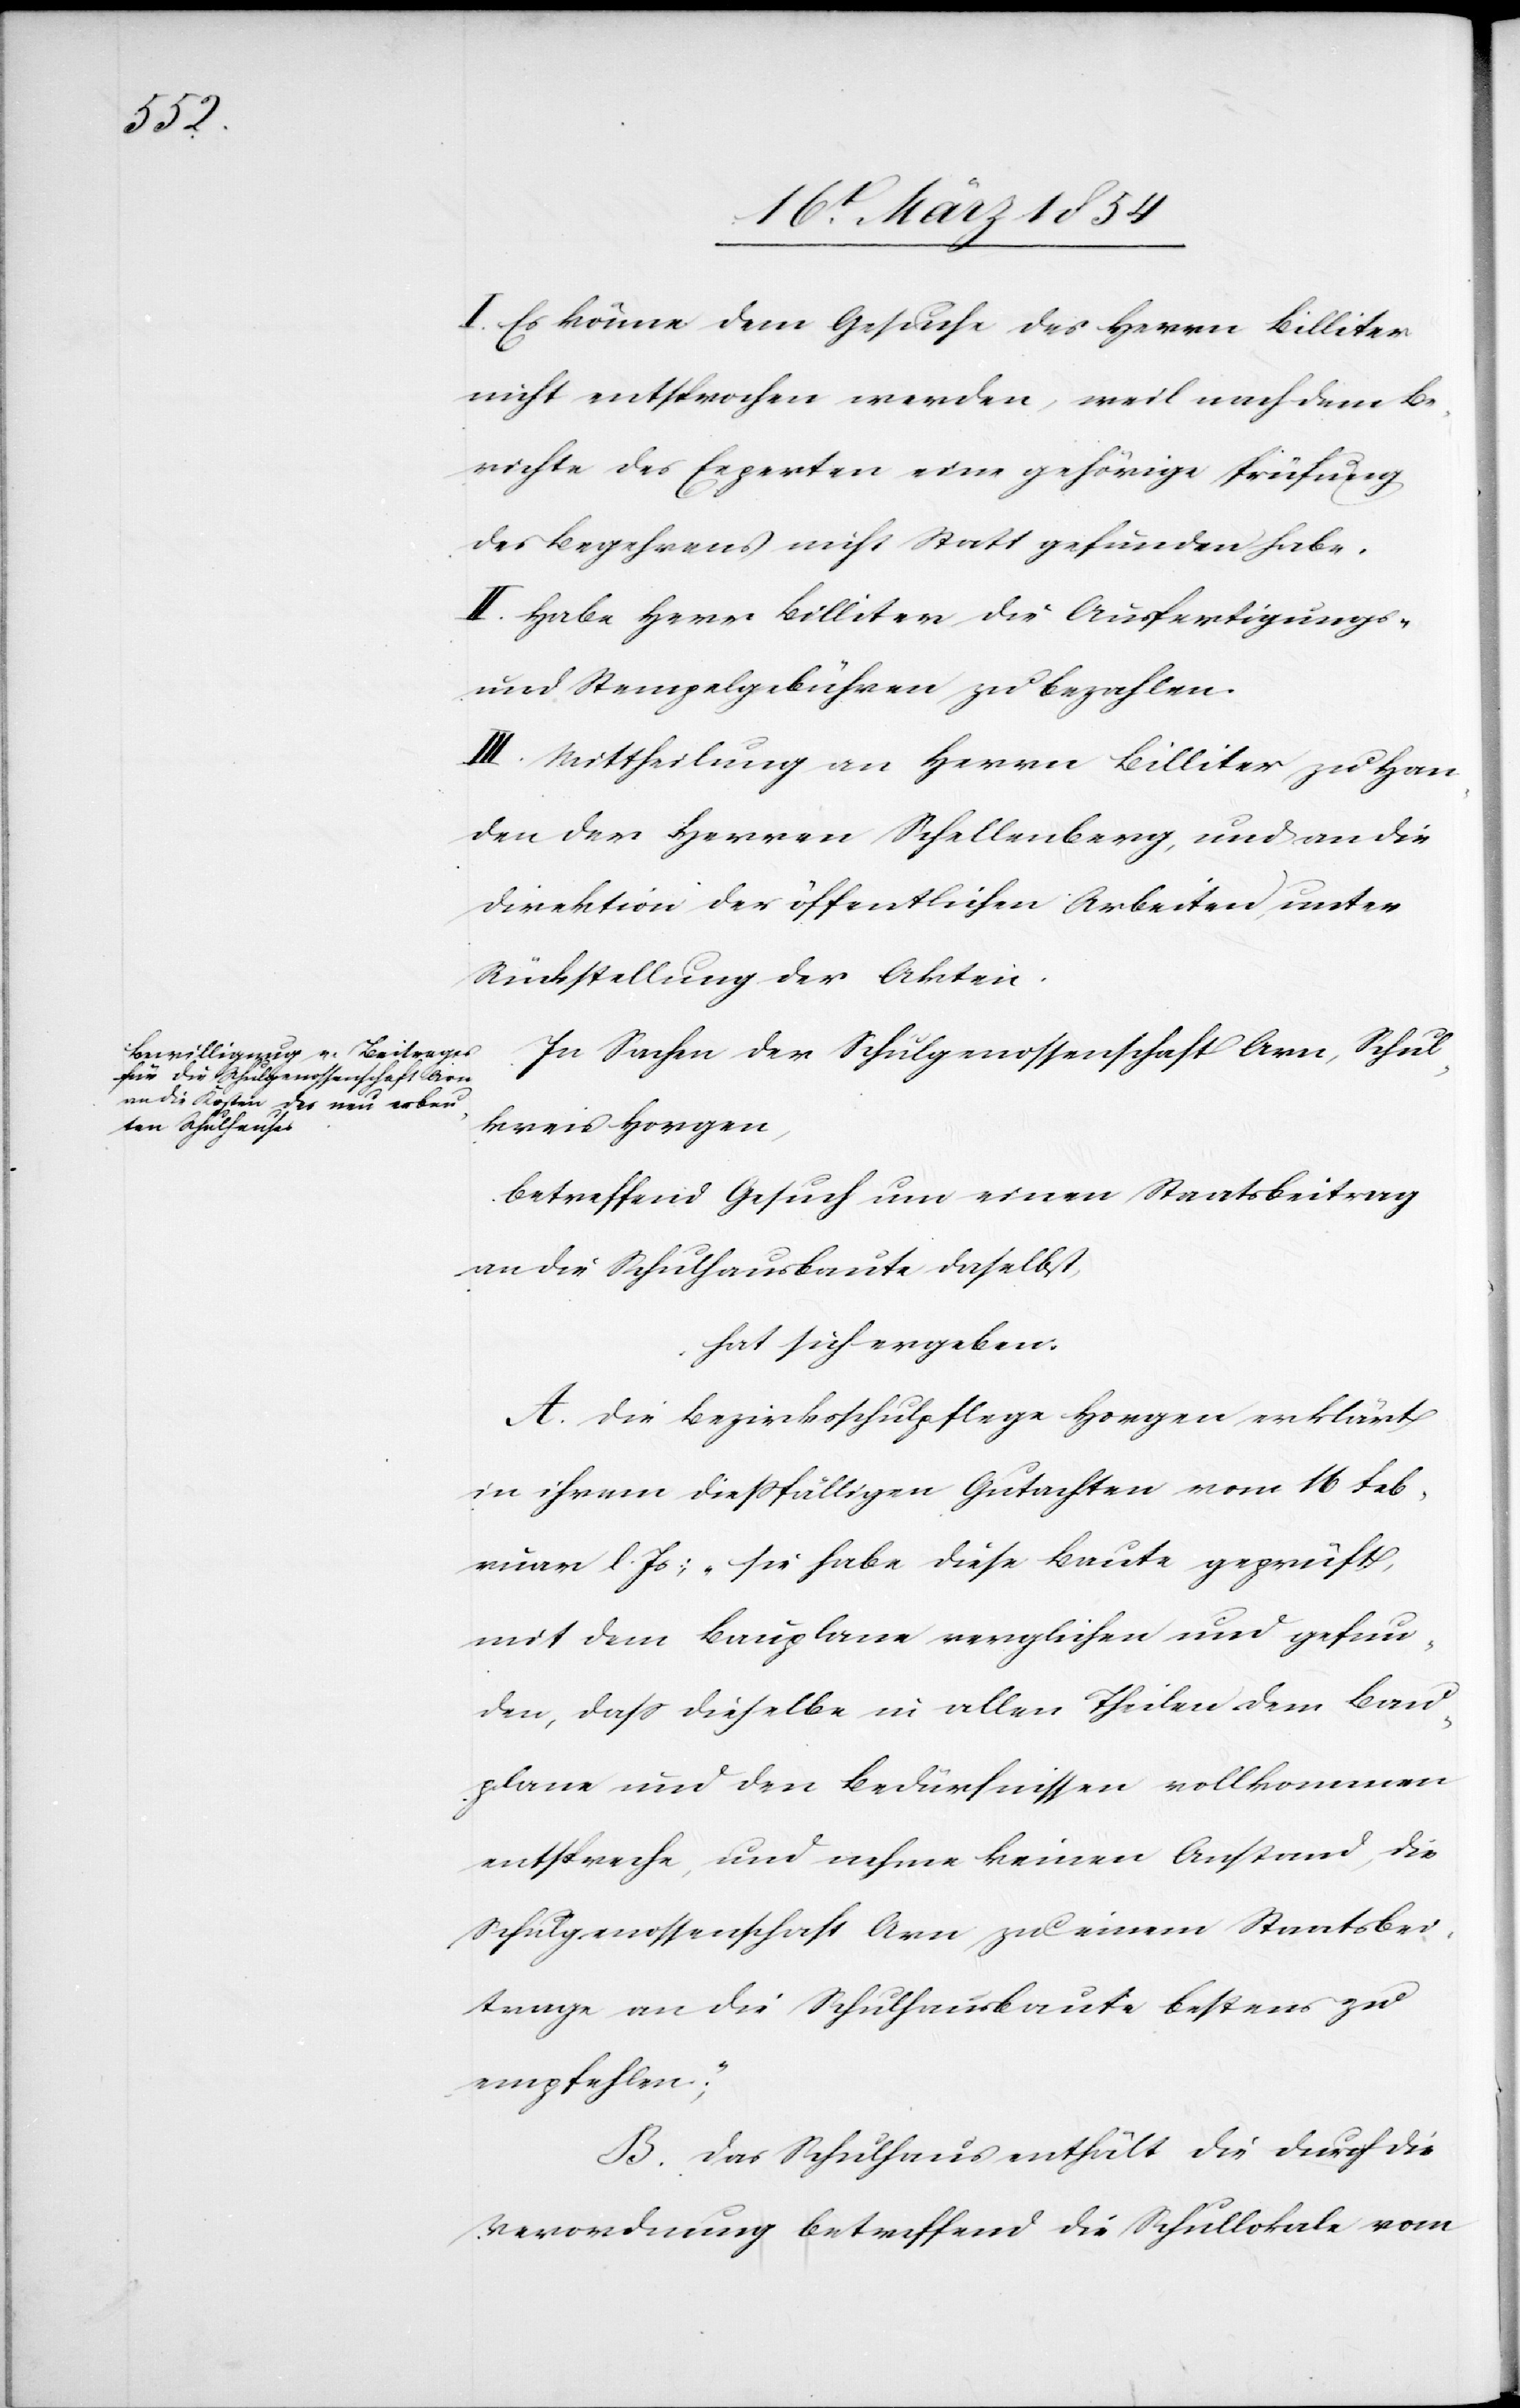
I. Es könne dem Gesuch des Herrn Billiter
nicht entsprochen werden, weil nach dem Be¬
richte des Experten eine gehörige Prüfung
des Begehrens nicht Statt gefunden habe.
II. Habe Herr Billiter die Ausfertigungs-
und Stempelgebühren zu bezahlen.
III. Mittheilung an Herrn Billiter zu Han¬
den der Herren Schellenberg, und an die
Direktion der öffentlichen Arbeiten, unter
Rückstellung der Akten.
In Sachen der Schulgenossenschaft Arn, Schul¬
kreis Horgen,
betreffend Gesuch um einen Staatsbeitrag
an die Schulhausbaute daselbst,
hat sich ergeben:
A. Die Bezirksschulpflege Horgen erklärt
in ihrem dießfälligen Gutachten vom 16 Feb¬
ruar l. Js: „Sie habe diese Baute geprüft,
mit dem Bauplane verglichen und gefun¬
den, daß dieselbe in allen Theilen dem Bau¬
plane und den Bedürfnissen vollkommen
entspreche, und nehme keine Anstand, die
Schulgenossenschaft Arn zu einem Staatsbei¬
trag an die Schulhausbaute bestens zu
empfehlen;“
B. Das Schulhaus enthält die durch die
Verordnung betreffend die Schullokale vom